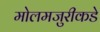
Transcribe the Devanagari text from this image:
मोलमजुरीकडे